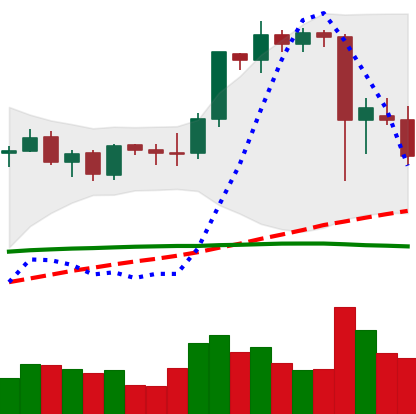
Ticker: ETH-USD
Chart end date: 2021-09-10
Forward return: 12.573%
Label: up_7plus